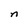
Character: n